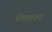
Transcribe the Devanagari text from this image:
प्रेमलयम